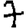
Digit: 7